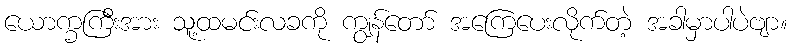
ယောက္ခကြီးအား သူ့ထမင်းလခကို ကျွန်တော် အကြေပေးလိုက်တဲ့ အခါမှာပါပဲဗျာ။